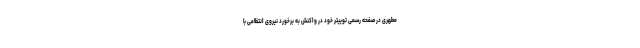
مطهری در صفحه رسمی توییتر خود در واکنش به برخورد نیروی انتظامی با